Vaccination United Provinces of Agra and Oudh 1902-1913 - 1902-1913
Year: 1902
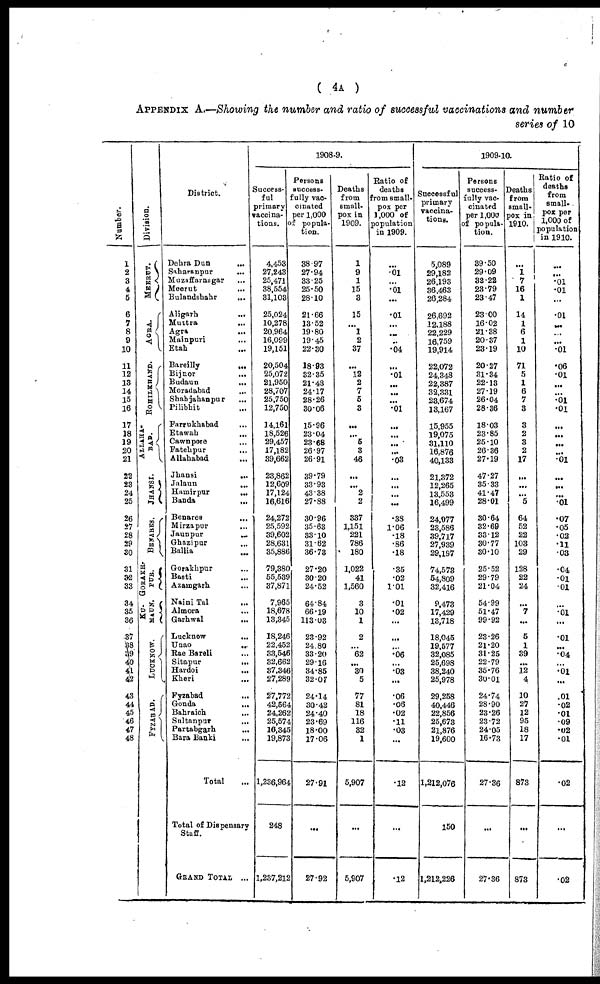
( 4A )
APPENDIX A.—Showing the number and ratio of successful vaccinations and number
series of 10
Number.
1
2
3
4
5
6
7
8
9
10
11
12
13
14
15
16
17
18
19
20
21
22
23
24
25
26
27
28
29
30
31
32
33
34
35
36
37
38
39 40
4l
42
43
44
45
46
47
48
Division.
MEERUT.
AGRA.
ROHILKHAND.
ALLAHA-
----
JHANSI.
BENARES.
GORAKH¬
PUR.
KU¬
MAUN.
LUCKNOW.
FYZABAD.
District.
Dehra Dun ...
Saharanpur ...
Muzaffarnagar ...
Meerut ...
Bulandshahr
...
Aligarh
...
Muttra ...
Agra ...
Mainpuri ...
Etah ...
Bareilly ...
Bijnor
...
Budaun
...
Moradabad ...
Shahjahanpur
...
Pilibhit ...
Farrukhabad ...
Etawah ...
Cawnpore ...
Fatehpur
...
Allahabad
...
Jhansi
...
Jalaun
...
Hamirpur
...
Banda
...
Benares ...
Mirzapur
...
Jaunpur
...
Ghazipur ...
Ballia ...
Gorakhpur ...
Basti ...
Azamgarh ...
Naini Tal ...
Almora ...
Garhwal
...
Lucknow
...
Unao
...
Rae Bareli ...
Sitapur
...
Hardoi
...
Kheri ...
Fyzabad
...
Gonda ...
Bahraich
...
Sultanpur ...
Partabgarh ...
Bara Banki
...
Total
Total of Dispensary
Staff.
GRAND TOTAL ...
1908-9.
Success-
ful
primary
vaccina-
tions.
4,453
27,243
25,471
38,554
31,103
25,024
10,278
20,964
16,099
19,151
20,504
25,072
21,950
28,707
25,750
12,750
14,161
18,526
29,457
17,182
39,662
23,862
12,609
17,124
16,616
24,272
25,592
39,602
28,631
35,886
79,380
55,539
37,871
7,965
18,678
13,345
18,246
22,452
33,546
32,662
37,346
27,289
27,772
42,564
24,262
25,574
16,345
19,873
1,236,964
248
1,237,212
Persons
success¬
fully vac¬
cinated
per 1,000
of popula-
tion.
38.97
27.94
33.25
25.50
28.10
21.66
13.52
19.80
19.45
22.30
18.93
32.35
21.43
24.17
28.26
30.06
15.96
23.04
23.68
26.97
26.91
39.79
33.93
43.38
27.88
30.96
35.63
33.10
31.62
36.73
27.20
30.20
24.52
64.84
66.19
113.03
23.92
24.80
33.20
29.16
34.85
32.07
24.14
30.42
24.40
23.69
18.00
17.06
27.91
...
27.92
Deaths
from
small-
pox in
1909.
1
9
1
15
3
15
...
1
2
37
...
12
2
7
5
3
...
...
5
3
46
...
...
2
2
337
1,151
221
786
180
1,022
41
1,560
3
10
1
2
...
62
...
30
5
77
81
18
116
32
1
5,907
...
5,907
Ratio of
deaths
from small-
pox per
1,000 of
population
in 1909.
...
.01
...
.01
...
.01
...
...
...
.04
...
.01
...
...
...
.01
...
...
...
...
.03
...
...
...
...
.38
1.06
.18
.86
.18
.35
.02
1.01
.01
.02
...
...
...
.06
...
.03
...
.06
.06
.02
.11
.03
...
.12
...
.12
1909-10.
Successful
primary
vaccina-
tions.
5,089
29,182
26,193
36,463
26,284
26,892
12,188
22,229
16,759
19,914
22,072
24,348
22,387
32,331
23,674
13,167
15,955
19,075
31,110
16,876
40,133
21,372
12,265
13,553
16,499
24,077
23,586
39,717
27,939
29,197
74,573
54,809
32,416
9,473
17,429
13,718
18,045
19,577
32,085
25,698
38,240
25,978
29,258
40,446
22,856
25,673
21,876
19,600
1,212,076
150
1,212,226
Persons
success-
fully vac-
cinated
per 1,000
of popula-
tion.
39.50
29.09
32.22
23.79
23.47
23.00
16.02
21.38
20.37
23.19
20.27
31.34
22.13
27.19
26.04
28.36
18.03
23.85
25.10
26.36
27.19
47.27
35.33
41.47
28.01
30.64
32.69
33.12
30.77
30.10
25.52
29.79
21.04
54.99
51.47
99.92
23.26
21.20
31.25
22.79
35.76
30.01
24.74
28.90
23.26
23.72
24.05
16.73
27.36
...
27.36
Deaths
from
small-
pox in
1910.
...
1 7
16
1
14
1
6
1
10
71
5
1
6
7
3
3
2
3
2
17
...
...
...
5
64
52
22
103
29
128
22
24
...
7
...
5
1
39
...
12
4
10
27
12
95
18
17
873
...
873
Ratio of
deaths
from
small¬
pox per
1,000 of
population.
in 1910.
...
...
.01
.01
...
.01
...
...
...
.01
.06
.01
...
...
.01
.01
...
...
...
...
.01
...
...
...
.01
.07
.05
.02
.11
.03
.04
.01
.01
...
.01
...
.01
...
.04
...
.01
...
.01
.02
.01
.09
.02
.01
.02
...
.02